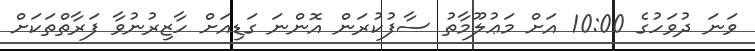
ވަނަ ދުވަހުގެ 10:00 އަށް މަޢުލޫމާތު ސާފުކުރަން އޮންނަ ގަޑިއަށް ހާޒިރުނުވާ ފަރާތްތަކަށް